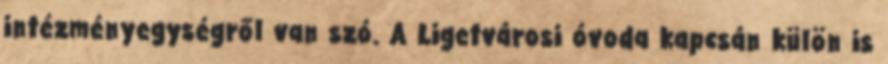
intézményegységről van szó. A Ligetvárosi óvoda kapcsán külön is